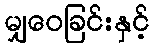
မျှဝေခြင်းနှင့်